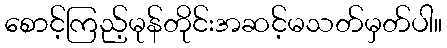
စောင့်ကြည့်မုန်တိုင်းအဆင့်မသတ်မှတ်ပါ။